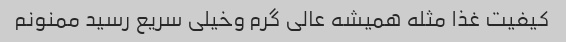
کیفیت غذا مثله همیشه عالی گرم وخیلی سریع رسید ممنونم